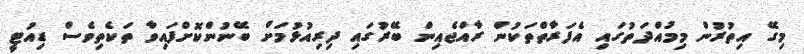
މިގޭ އިތުރުން މިމުއްދަތުގައި އެފަރާތްތަކުން ރާއްޖެއިން ބޭރުގައި ދިރިއުޅުމަށް ބޭނުންކޮށްފައިވާ ތަކެތިވެސް ޑިއުޓީ